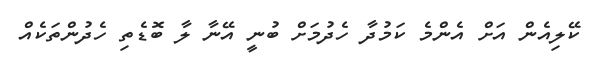
ކޭލިއެން އަށް އެންމެ ކަމުދާ ހެދުމަށް ބުނީ އޭނާ ލާ ބޮޑެތި ހެދުންތަކެއް